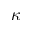
\kappa